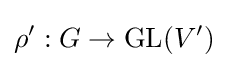
\rho ':G\to {\text{GL}}(V')